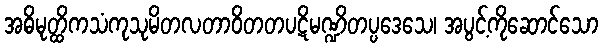
အဓိမုတ္ထိကသံကုသုမိတလတာဝိတတပဋိမဏ္ဍိတပ္ပဒေသေ၊ အပွင့်ကိုဆောင်သော